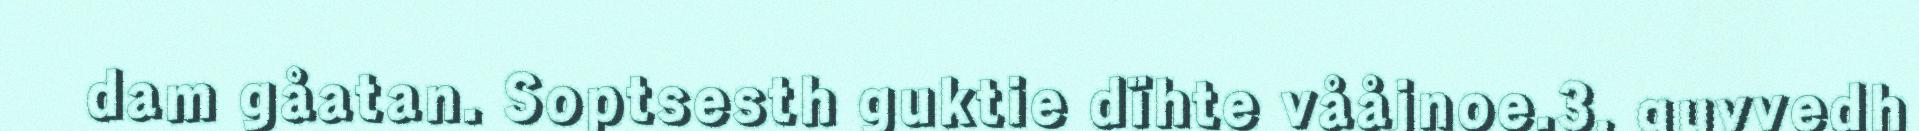
dam gåatan. Soptsesth guktie dïhte vååjnoe.3. guvvedh